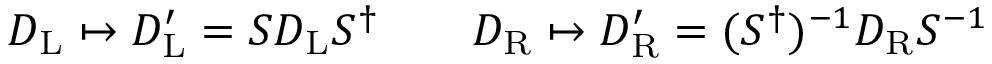
D _ { \mathrm { { L } } } \mapsto D _ { \mathrm { { L } } } ^ { \prime } = S D _ { \mathrm { { L } } } S ^ { \dagger } \qquad D _ { \mathrm { { R } } } \mapsto D _ { \mathrm { { R } } } ^ { \prime } = ( S ^ { \dagger } ) ^ { - 1 } D _ { \mathrm { { R } } } S ^ { - 1 }